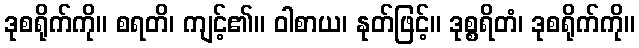
ဒုစရိုက်ကို။ စရတိ၊ ကျင့်၏။ ဝါစာယ၊ နုတ်ဖြင့်။ ဒုစ္စရိတံ၊ ဒုစရိုက်ကို။